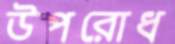
উপরোধ